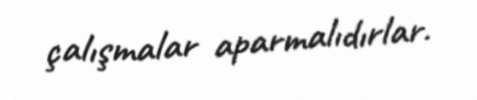
çalışmalar aparmalıdırlar.